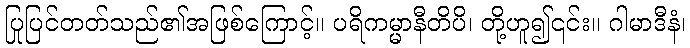
ပြုပြင်တတ်သည်၏အဖြစ်ကြောင့်။ ပရိကမ္မာနီတိပိ၊ တို့ဟူ၍၎င်း။ ဂါမာဒီနံ၊